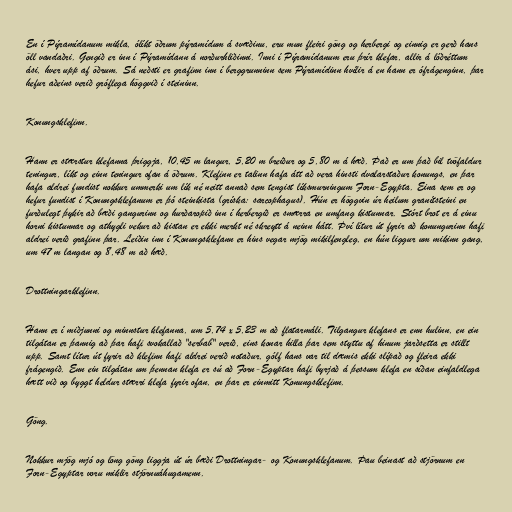
En í Pýramídanum mikla, ólíkt öðrum pýramídum á svæðinu, eru mun fleiri göng og herbergi og einnig er gerð hans
öll vandaðri. Gengið er inn í Pýramídann á norðurhliðinni. Inni í Pýramídanum eru þrír klefar, allir á lóðréttum
ási, hver upp af öðrum. Sá neðsti er grafinn inn í berggrunninn sem Pýramídinn hvílir á en hann er ófrágenginn, þar
hefur aðeins verið gróflega höggvið í steininn.

Konungsklefinn.

Hann er stærstur klefanna þriggja, 10,45 m langur, 5,20 m breiður og 5,80 m á hæð. Það er um það bil tvöfaldur
teningur, líkt og einn teningur ofan á öðrum. Klefinn er talinn hafa átt að vera hinsti dvalarstaður konungs, en þar
hafa aldrei fundist nokkur ummerki um lík né neitt annað sem tengist líksmurningum Forn-Egypta. Eina sem er og
hefur fundist í Konungsklefanum er þó steinkista (gríska: sarcophagus). Hún er höggvin úr heilum granítsteini en
furðulegt þykir að bæði gangurinn og hurðaropið inn í herbergið er smærra en umfang kistunnar. Stórt brot er á einu
horni kistunnar og athygli vekur að kistan er ekki merkt né skreytt á neinn hátt. Því lítur út fyrir að konungurinn hafi
aldrei verið grafinn þar. Leiðin inn í Konungsklefann er hins vegar mjög mikilfengleg, en hún liggur um mikinn gang,
um 47 m langan og 8,48 m að hæð.

Drottningarklefinn.

Hann er í miðjunni og minnstur klefanna, um 5,74 x 5,23 m að flatarmáli. Tilgangur klefans er enn hulinn, en ein
tilgátan er þannig að þar hafi svokallað "serbab" verið, eins konar hilla þar sem styttu af hinum jarðsetta er stillt
upp. Samt lítur út fyrir að klefinn hafi aldrei verið notaður, gólf hans var til dæmis ekki slípað og fleira ekki
frágengið. Enn ein tilgátan um þennan klefa er sú að Forn-Egyptar hafi byrjað á þessum klefa en síðan einfaldlega
hætt við og byggt heldur stærri klefa fyrir ofan, en þar er einmitt Konungsklefinn.

Göng.

Nokkur mjög mjó og löng göng liggja út úr bæði Drottningar- og Konungsklefanum. Þau beinast að stjörnum en
Forn-Egyptar voru miklir stjörnuáhugamenn.